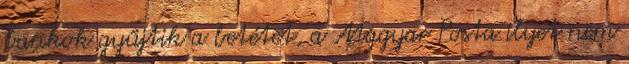
bankok gyűjtik a betétet, a Magyar Posta ilyet nem